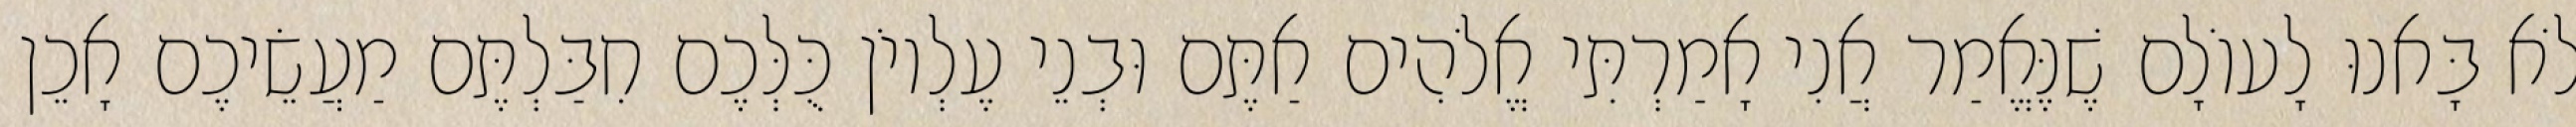
לֹא בָּאנוּ לָעוֹלָם שֶׁנֶּאֱמַר אֲנִי אָמַרְתִּי אֱלֹהִים אַתֶּם וּבְנֵי עֶלְיוֹן כֻּלְּכֶם חִבַּלְתֶּם מַעֲשֵׂיכֶם אָכֵן